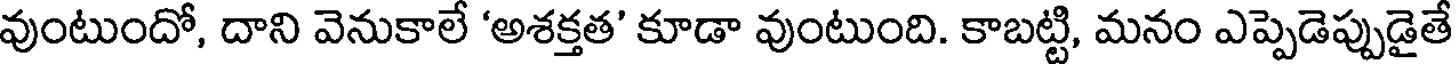
వుంటుందో, దాని వెనుకాలే 'అశక్తత' కూడా వుంటుంది. కాబట్టి, మనం ఎప్పెడెప్పుడైతే